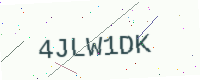
Text: 4JLW1DK